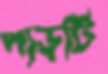
পাড়টি